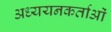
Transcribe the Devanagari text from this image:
अध्‍ययनकर्ताओं